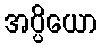
အပ္ပိယော